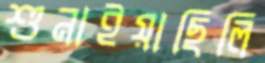
শুনাইয়াছিলি